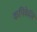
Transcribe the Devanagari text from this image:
कपिकेलि